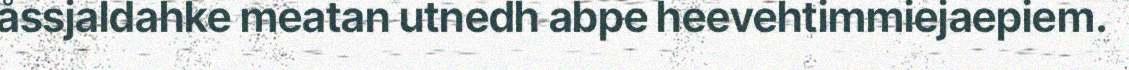
åssjaldahke meatan utnedh abpe heevehtimmiejaepiem.